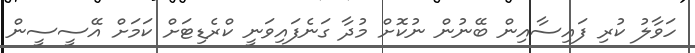
ހަވާލު ކުރި ފައިސާއިން ބޭނުން ނުކޮށް މުދާ ގަނެފައިވަނީ ކްރެޑިޓަށް ކަމަށް އޭސީސީން